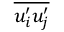
\overline { { u _ { i } ^ { \prime } u _ { j } ^ { \prime } } }